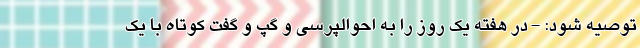
توصیه شود: - در هفته یک روز را به احوالپرسی و گپ و گفت کوتاه با یک